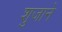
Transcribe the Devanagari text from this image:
शुजाने